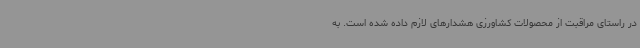
در راستای مراقبت از محصولات کشاورزی هشدارهای لازم داده شده است. به